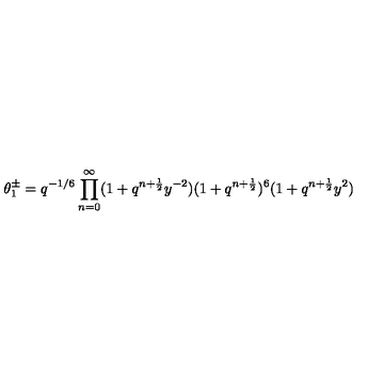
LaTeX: \theta _ { 1 } ^ { \pm } = q ^ { - 1 / 6 } \prod _ { n = 0 } ^ { \infty } ( 1 + q ^ { n + \frac { 1 } { 2 } } y ^ { - 2 } ) ( 1 + q ^ { n + \frac { 1 } { 2 } } ) ^ { 6 } ( 1 + q ^ { n + \frac { 1 } { 2 } } y ^ { 2 } )